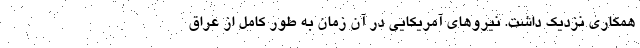
همکاری نزدیک داشت. نیروهای آمریکایی در آن زمان به طور کامل از عراق